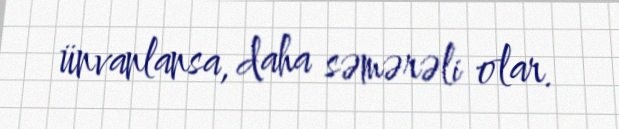
ünvanlansa, daha səmərəli olar.